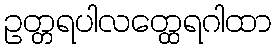
ဥတ္တရပါလတ္ထေရဂါထာ